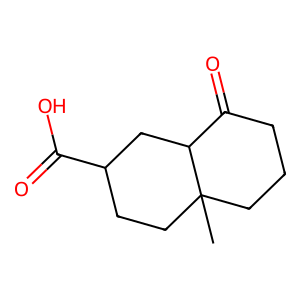
SMILES: CC12CCCC(=O)C1CC(C(=O)O)CC2
Inhibits HIV replication: No